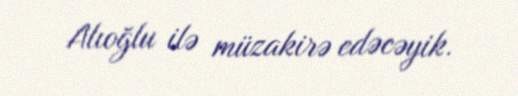
Alıoğlu ilə müzakirə edəcəyik.